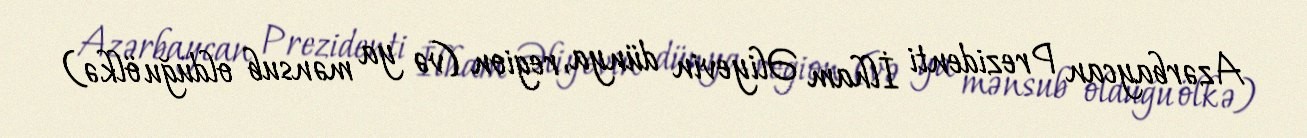
Azərbaycan Prezidenti İlham Əliyevin dünya, region (və ya mənsub olduğu ölkə)